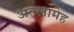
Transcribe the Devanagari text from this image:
अल्लामेह